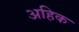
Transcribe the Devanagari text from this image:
अहिक